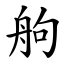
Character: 䑦